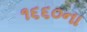
૧૬૬૦ના